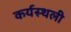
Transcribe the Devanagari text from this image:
कर्यस्थली